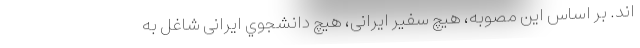
اند. بر اساس اين مصوبه، هيچ سفير ايرانى، هيچ دانشجوي ايرانى شاغل به